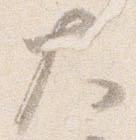
大